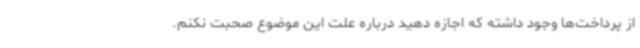
از پرداخت‌ها وجود داشته که اجازه دهید درباره علت این موضوع صحبت نکنم.